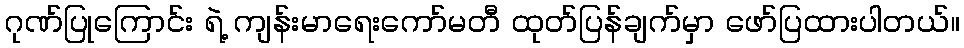
ဂုဏ်ပြုကြောင်း ရဲ့ ကျန်းမာရေးကော်မတီ ထုတ်ပြန်ချက်မှာ ဖော်ပြထားပါတယ်။